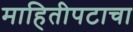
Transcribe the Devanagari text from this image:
माहितीपटाचा